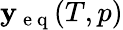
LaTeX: \mathbf{y_{\mathrm{~e~q~}}}(T,p)